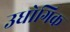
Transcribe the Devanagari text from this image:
उधोगिक